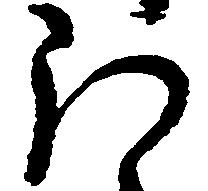
ほ